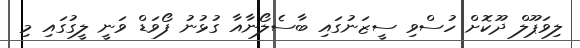
ލިވަޕޫލް ދޫކޮށް ހުސްވި ސީޒަނުގައި ބާސެލޯނާއާ ގުޅުނު ފޯވަޑް ވަނީ ލީގުގައި މި